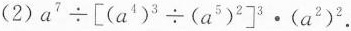
(2) $$a ^ { 7 } \div [ (a ^ {4 } ) ^ { 3 }